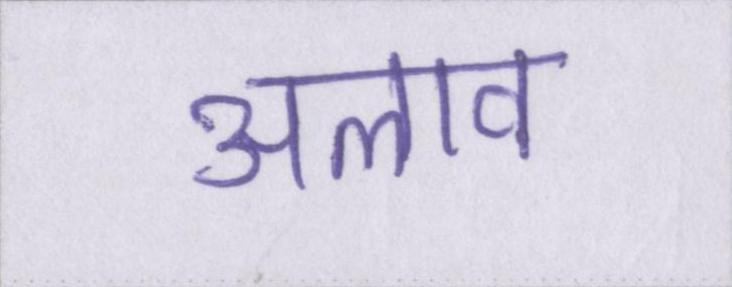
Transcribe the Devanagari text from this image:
अलाव